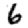
Digit: 6